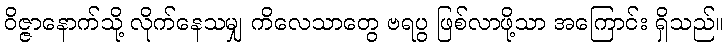
ဝိဇ္ဇာနောက်သို့ လိုက်နေသမျှ ကိလေသာတွေ ဗရပွ ဖြစ်လာဖို့သာ အကြောင်း ရှိသည်။